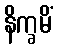
နိက္ခမိံ